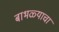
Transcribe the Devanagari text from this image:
बाभळ्याचा